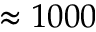
\approx 1 0 0 0